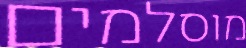
מוסלמים